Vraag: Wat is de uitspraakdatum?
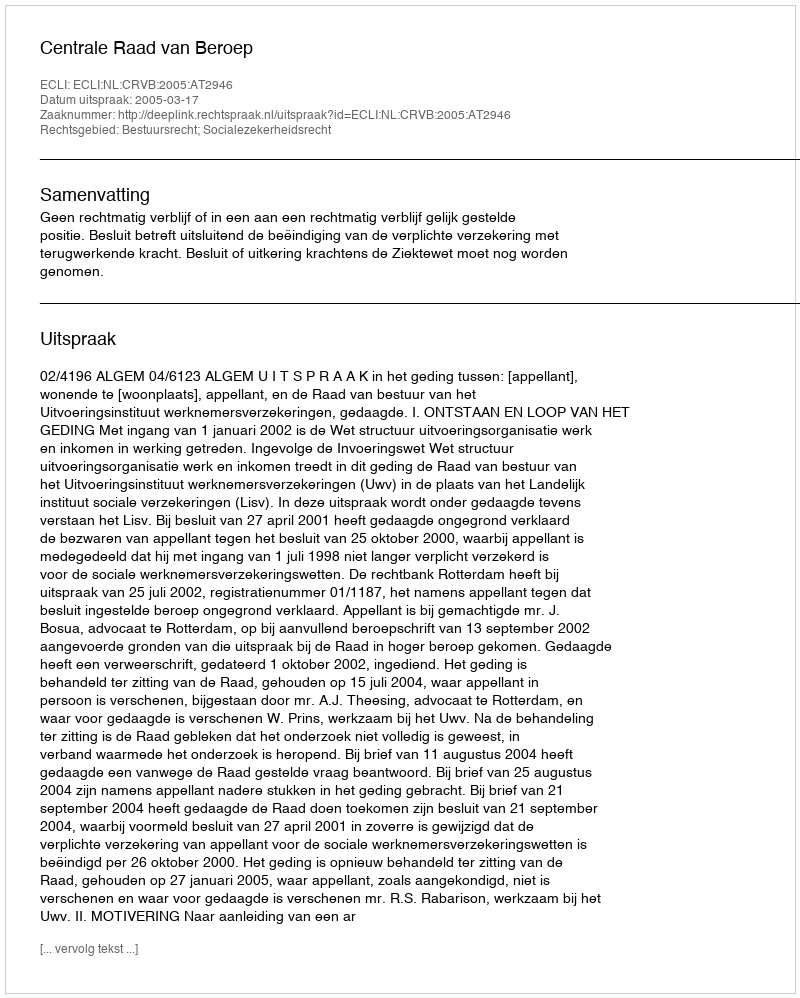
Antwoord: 2005-03-17